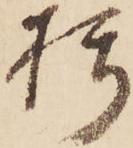
朽